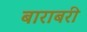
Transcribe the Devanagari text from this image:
बाराबरी